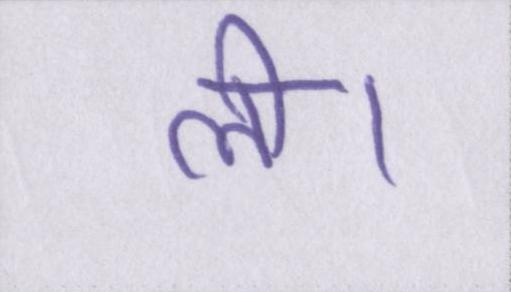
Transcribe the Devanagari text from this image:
ली।